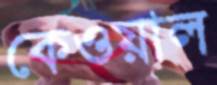
কেওয়াল